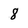
Character: 8